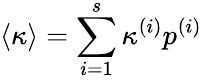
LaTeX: \langle\kappa\rangle=\sum_{i=1}^{s}\kappa^{(i)}p^{(i)}